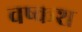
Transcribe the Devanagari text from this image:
वष्कश